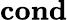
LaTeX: \mathbf{cond}